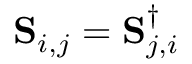
\mathbf { S } _ { i , j } = \mathbf { S } _ { j , i } ^ { \dagger }